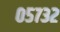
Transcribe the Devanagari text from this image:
०५७३२